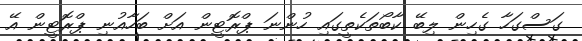
ގަސްގަހާ ގެހިން ލިބޭ ކާބޯތަކެތީގައި ހުންނަ ޕްރޮޓީން އަށް ބަހާއުނި ޕްރޮޓީން އޭ